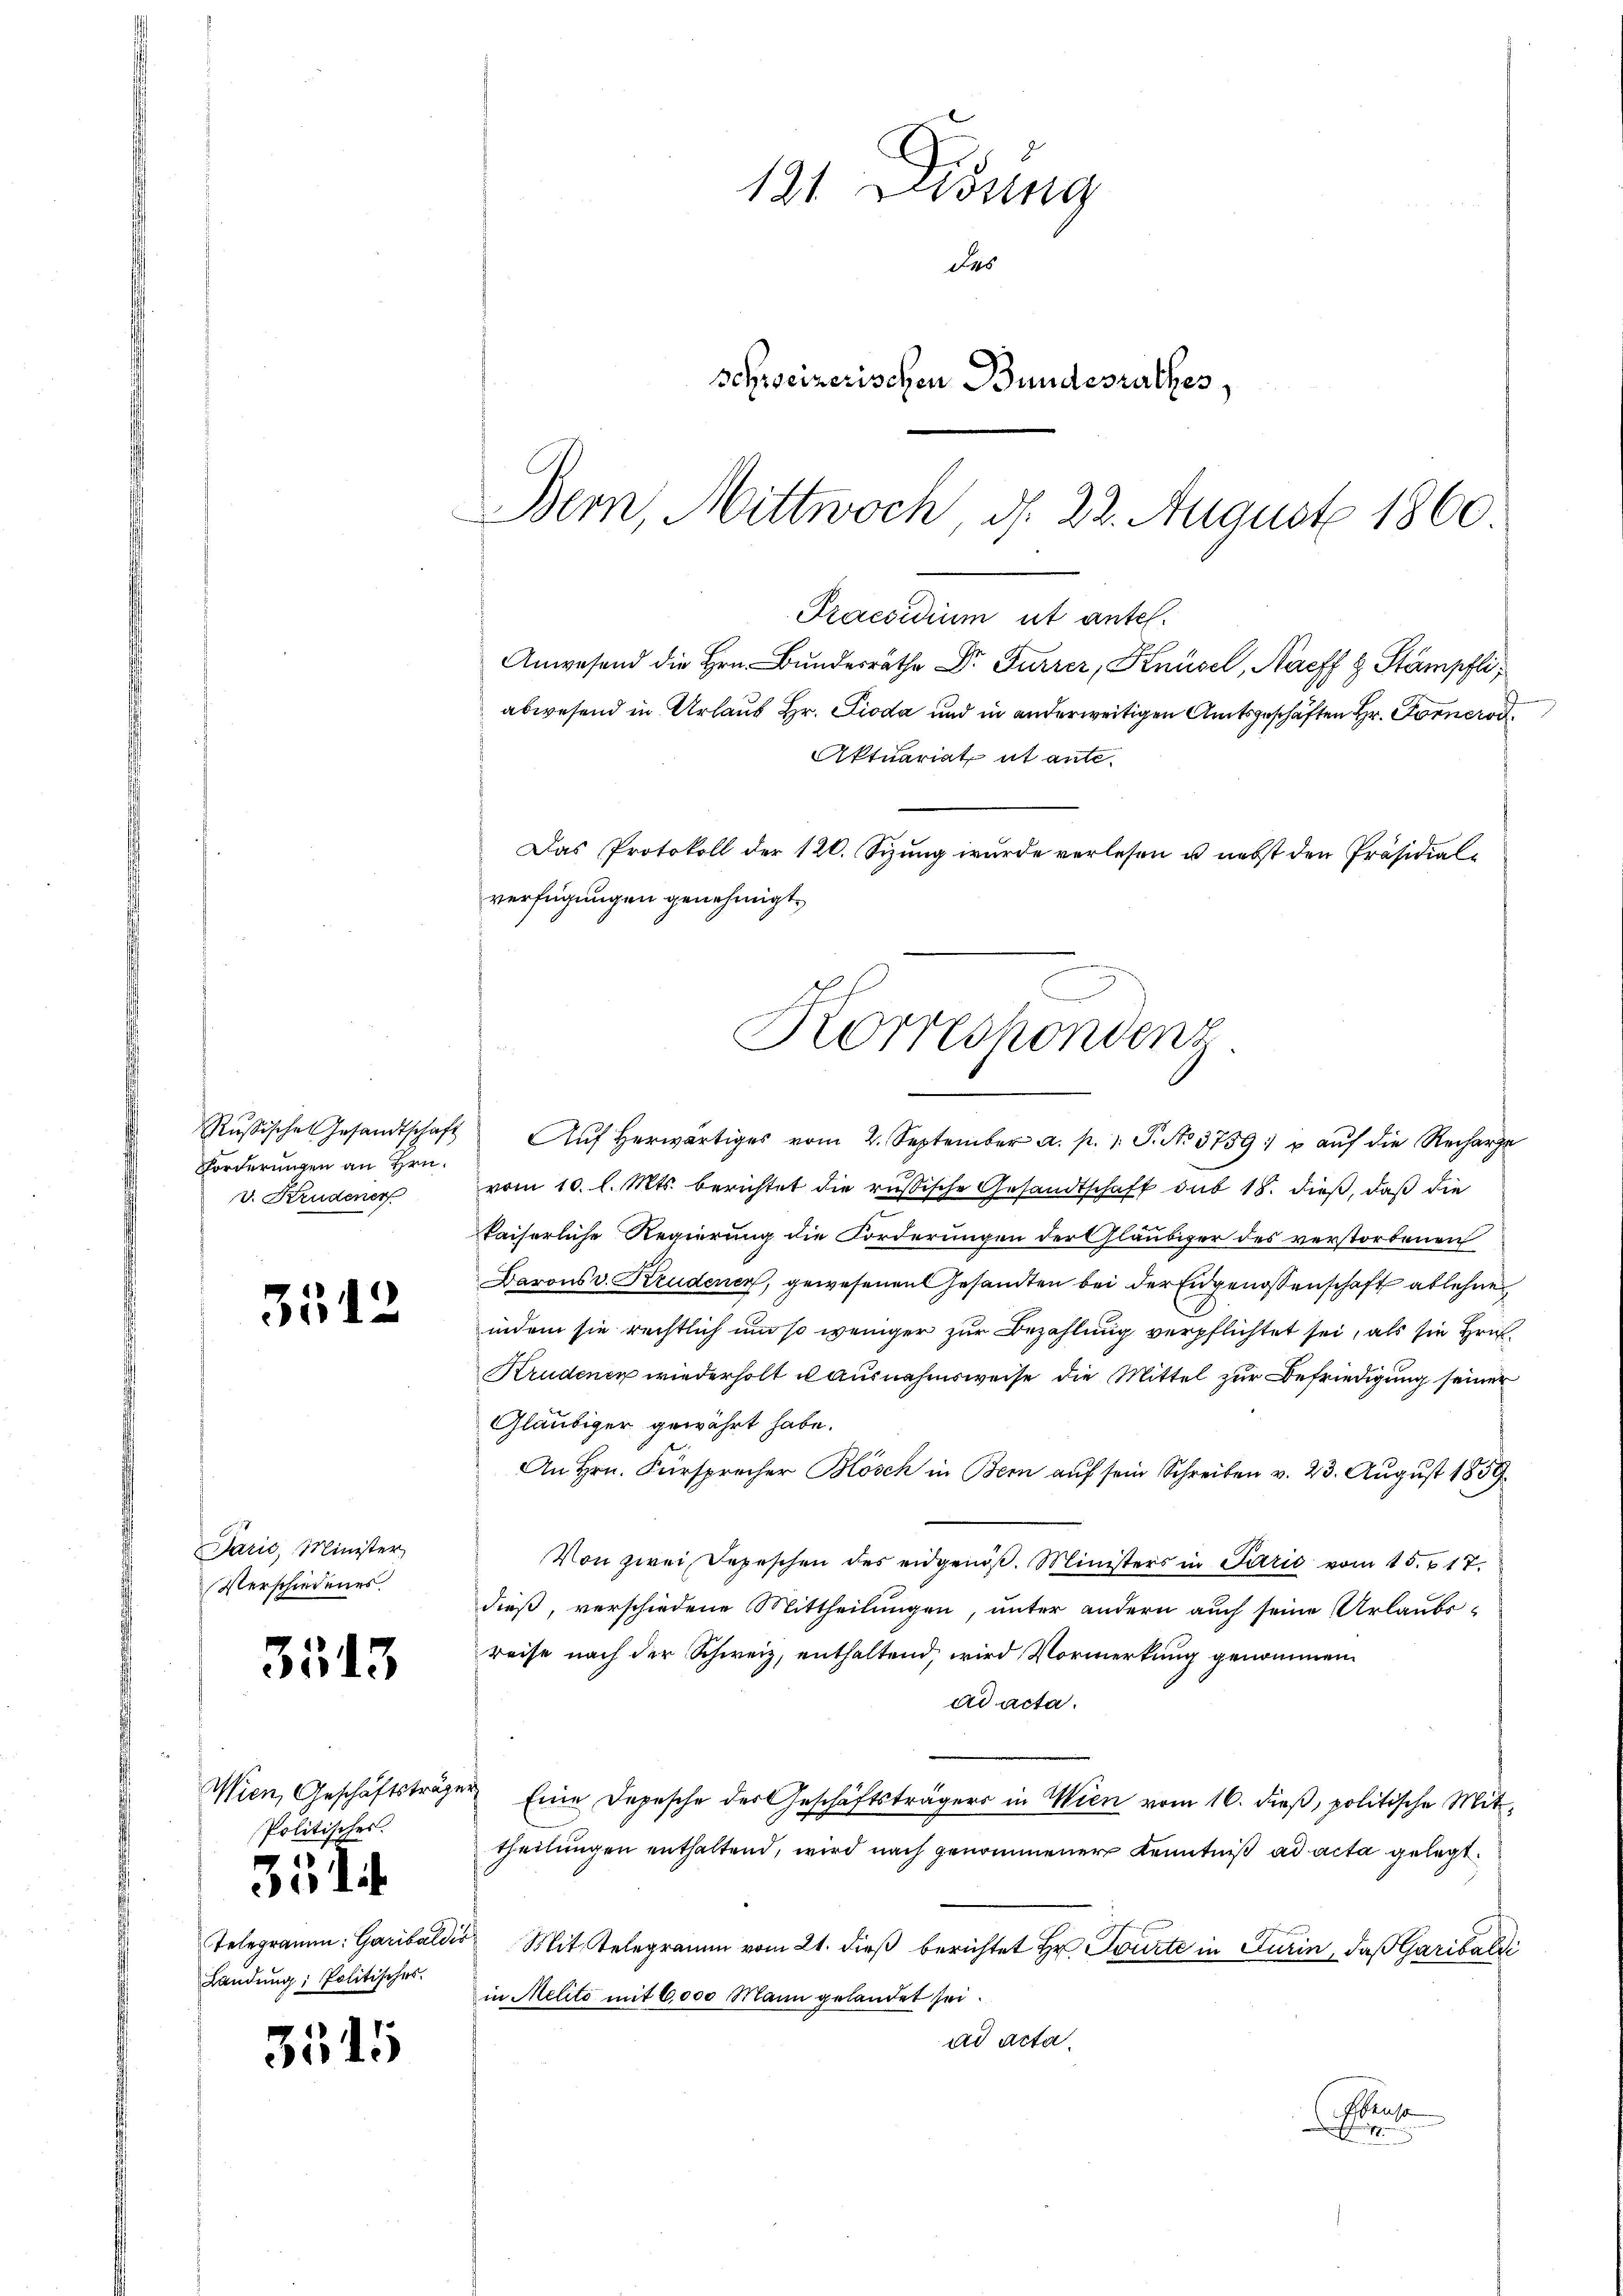
Forderungen an Hrn.
v. Krudener

3512

Paris, Minister,
Verschiedenes

3513

Wien, Geschäftsträger
Politisches.

35

Landŭng, Politisches.

3515

121. Disung
Das
schreizerischen Bundesrathes,
Bern, Mittwoch, d. 22. August 1860.

Anwesend die Hrn. Bŭndesräthe Dr. Furrer, Knüsel, Nacff & Stämpfli,
Das Protokoll der 120. Syzŭng wurde verlesen u. nebst den Präsidial-
verfügungen genehmigt.
Korrespondenz.

Praesidium ut antel.
abwesend in Urlaub Hr. Pioda und in anderweitigen Amtsgeschäften Hr. Forner
Aktuariat et ante-

Rŭsische Gesandtschaft aŭf herwärtiges vom 2. September a. p. 1. P. No 3739: u aŭf die Recharge
vom 10. l. Mts. berichtet die russische Gesandtschaft sub 18. dieß, daß die
kaiserliche Regierung die Forderungen der Gläubiger des verstorbenen
Barons v. Krudenen, gewesenen Gesandten bei der Eidgenossenschaft ablehnen
indem sie rechtlich um so weniger zur Bezahlung verpflichtet sei, als sie Hrn
Krudenen wiederholt u ausnahmsweise die Mittel zur Befriedigung seiner
Gläubiger gewährt habe.
An Hrn. Fürsprecher Blösch in Bern auf sein Schreiben v. 23. August 1859
Von zwei Depeschen des eidgenöß. Ministers in Parić vom 15. 217.
dieß, verschiedene Mittheilungen, unter andern auch seine Urlaubs-
reise nach der Schweiz, enthaltend, wird Vormerkung genommen
ad acta.
Eine Depesche der Geschäftsträgers in Wien vom 16. dieß, politische Mittheilungen enthaltend, wird nach genommener Kenntniß ad acta gelegt.
Telegramm: Garibaldis Mit Telegramm vom 21. dieß berichtet Hr. Tourte in Turin, daß Garibaldi
in Melité mit 6,000 Mann gelandet sei.
ad Acta.
Ebenso